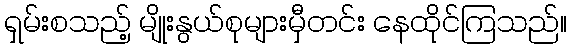
ရှမ်းစသည့် မျိုးနွယ်စုများမှီတင်း နေထိုင်ကြသည်။